Bombay plague: being a history of the progress of plague in the Bombay presidency from September 1896 to June 1899
Year: 1896
Disease focus: Plague
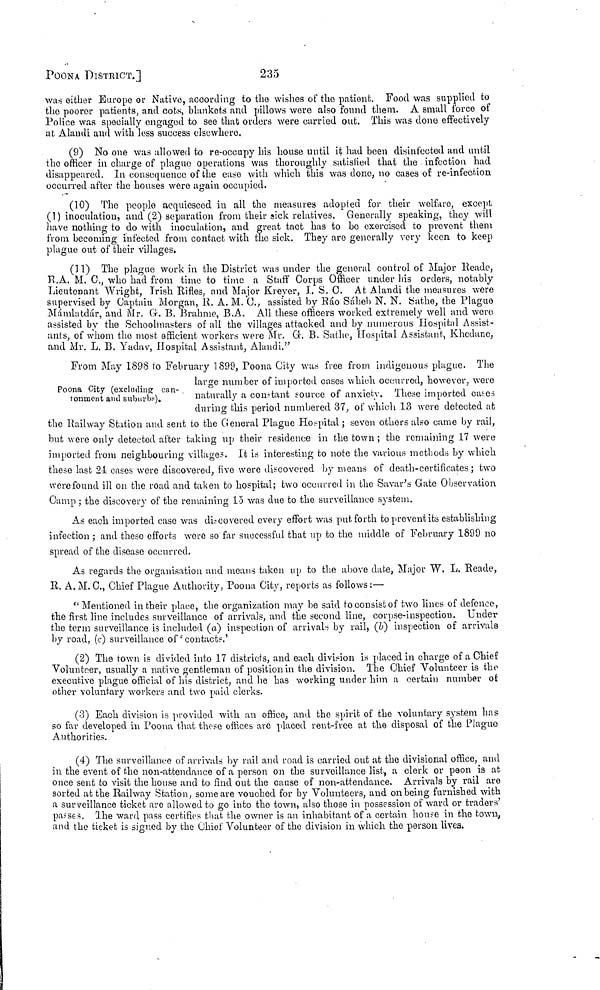
POONA DISTRICT.]
235
was either Europe or Nativo, according to the wishes of the patient. Food was supplied to
the poorer patients, and cots, blankets and pillows wore also found them. A small force of
Police was specially engaged to see that orders were carried out. This was done effectively
at Alandi and with less success elsewhere.
(9) No one was allowed to re-occupy his house until it had been disinfected and until
the officer in charge of plague operations was thoroughly satisfied that the infection had
disappeared. In consequence of the ease with which this was done, no cases of re-infection
occurred after the houses were again occupied.
(10) The people acquiesced in all the measures adopted for their welfare, except
(1) inoculation, and (2) separation from their sick relatives. Generally speaking, they will
have nothing to do with inoculation, and great tact has to bo exercised to prevent them
from becoming infected from contact with the sick. They arc generally very keen to keep
plague out of their villages.
(11) The plague work in the District was under the general control of Major Reade,
R.A. M. C., who had from time to time a Staff Corps Officer under his orders, notably
Lieutenant Wright, Irish Rifles, and Major Kreyer, I. S. C. At Alandi the measures were
supervised by Captain Morgan, R. A. M. C., assisted by Ráo Sáheb N. N. Sathe, the Plague
Mámlatdár, and Mr. G. B. B rahme, B.A. All these officers worked extremely well and were
assisted by the Schoolmasters of all the villages attacked and by numerous Hospital Assist-
ants, of whom the most efficient workers were Mr. G. B. Sathe, Hospital Assistant, Khedane,
and Mr. L. B. Yadav, Hospital Assistant, Alandi."
Poona City (excluding can-
tonment and suburbs).
From May 1898 to February 1899, Poona City was free from indigenous plague. The
large number of imported cases which occurred, however, were
naturally a constant source of anxiety. These imported cases
during this period numbered 37, of which 13 were detected at
the Railway Station and sent to the General Plague Hospital ; seven others also came by rail,
but were only detected after taking up their residence in the town ; the remaining 17 were
imported from neighbouring village. It is interesting to note the various methods by which
these last 24 cases were discovered, five were discovered by means of death-certificates ; two
were found ill on the road and taken to hospital; two occurred in the Savar's Gate Observation
Gamp ; the discovery of the remaining 15 was due to the surveillance system.
As each imported case was discovered every effort was put forth to prevent its establishing
infection ; and these efforts were so far successful that up to the middle of February 1899 no
spread of the disease occurred.
As regards the organisation and means taken up to the above date, Major W, L. Reade,
R. A. M. C., Chief Plague Authority, Poona City, reports as follows :—
"Mentioned in their place, the organization may he said to consist of two lines of defence,
the first line includes surveillance of arrivals, and the second line, corpse-inspection. Under
the term surveillance is included (a) inspection of arrivals by rail, (b) inspection of arrivals
by road, (e) surveillance of ' contact.'
(2) The town is divided into 17 districts, and each division is placed in charge of a Chief
Volunteer, usually a native gentleman of position in the division. The Chief Volunteer is the
executive plague official of his district, and he has working under htm a certain number of
other voluntary workers and two paid clerks.
(3) Each division is provided with an office, and the spirit of the voluntary system has
so far developed in Poona that those offices ave placed rent-free at the disposal of the Plague
Authorities.
(4) The surveillance of arrivals by rail and road is carried out at the divisional office, and
in the event of the non-attendance of a person on the surveillance list, a clerk or peon is at
once sent to visit the house and to find out the cause of non-attendance. Arrivals by rail are
sorted at the Railway Station, some are vouched for by Volunteers, and on being furnished with
a surveillance ticket are allowed to go into the town, also those in possession of ward or traders'
passes. The ward pass certifies that the owner is an inhabitant of a certain house in the town,
and the ticket is signed by the Chief Volunteer of the division in which, the person lives.